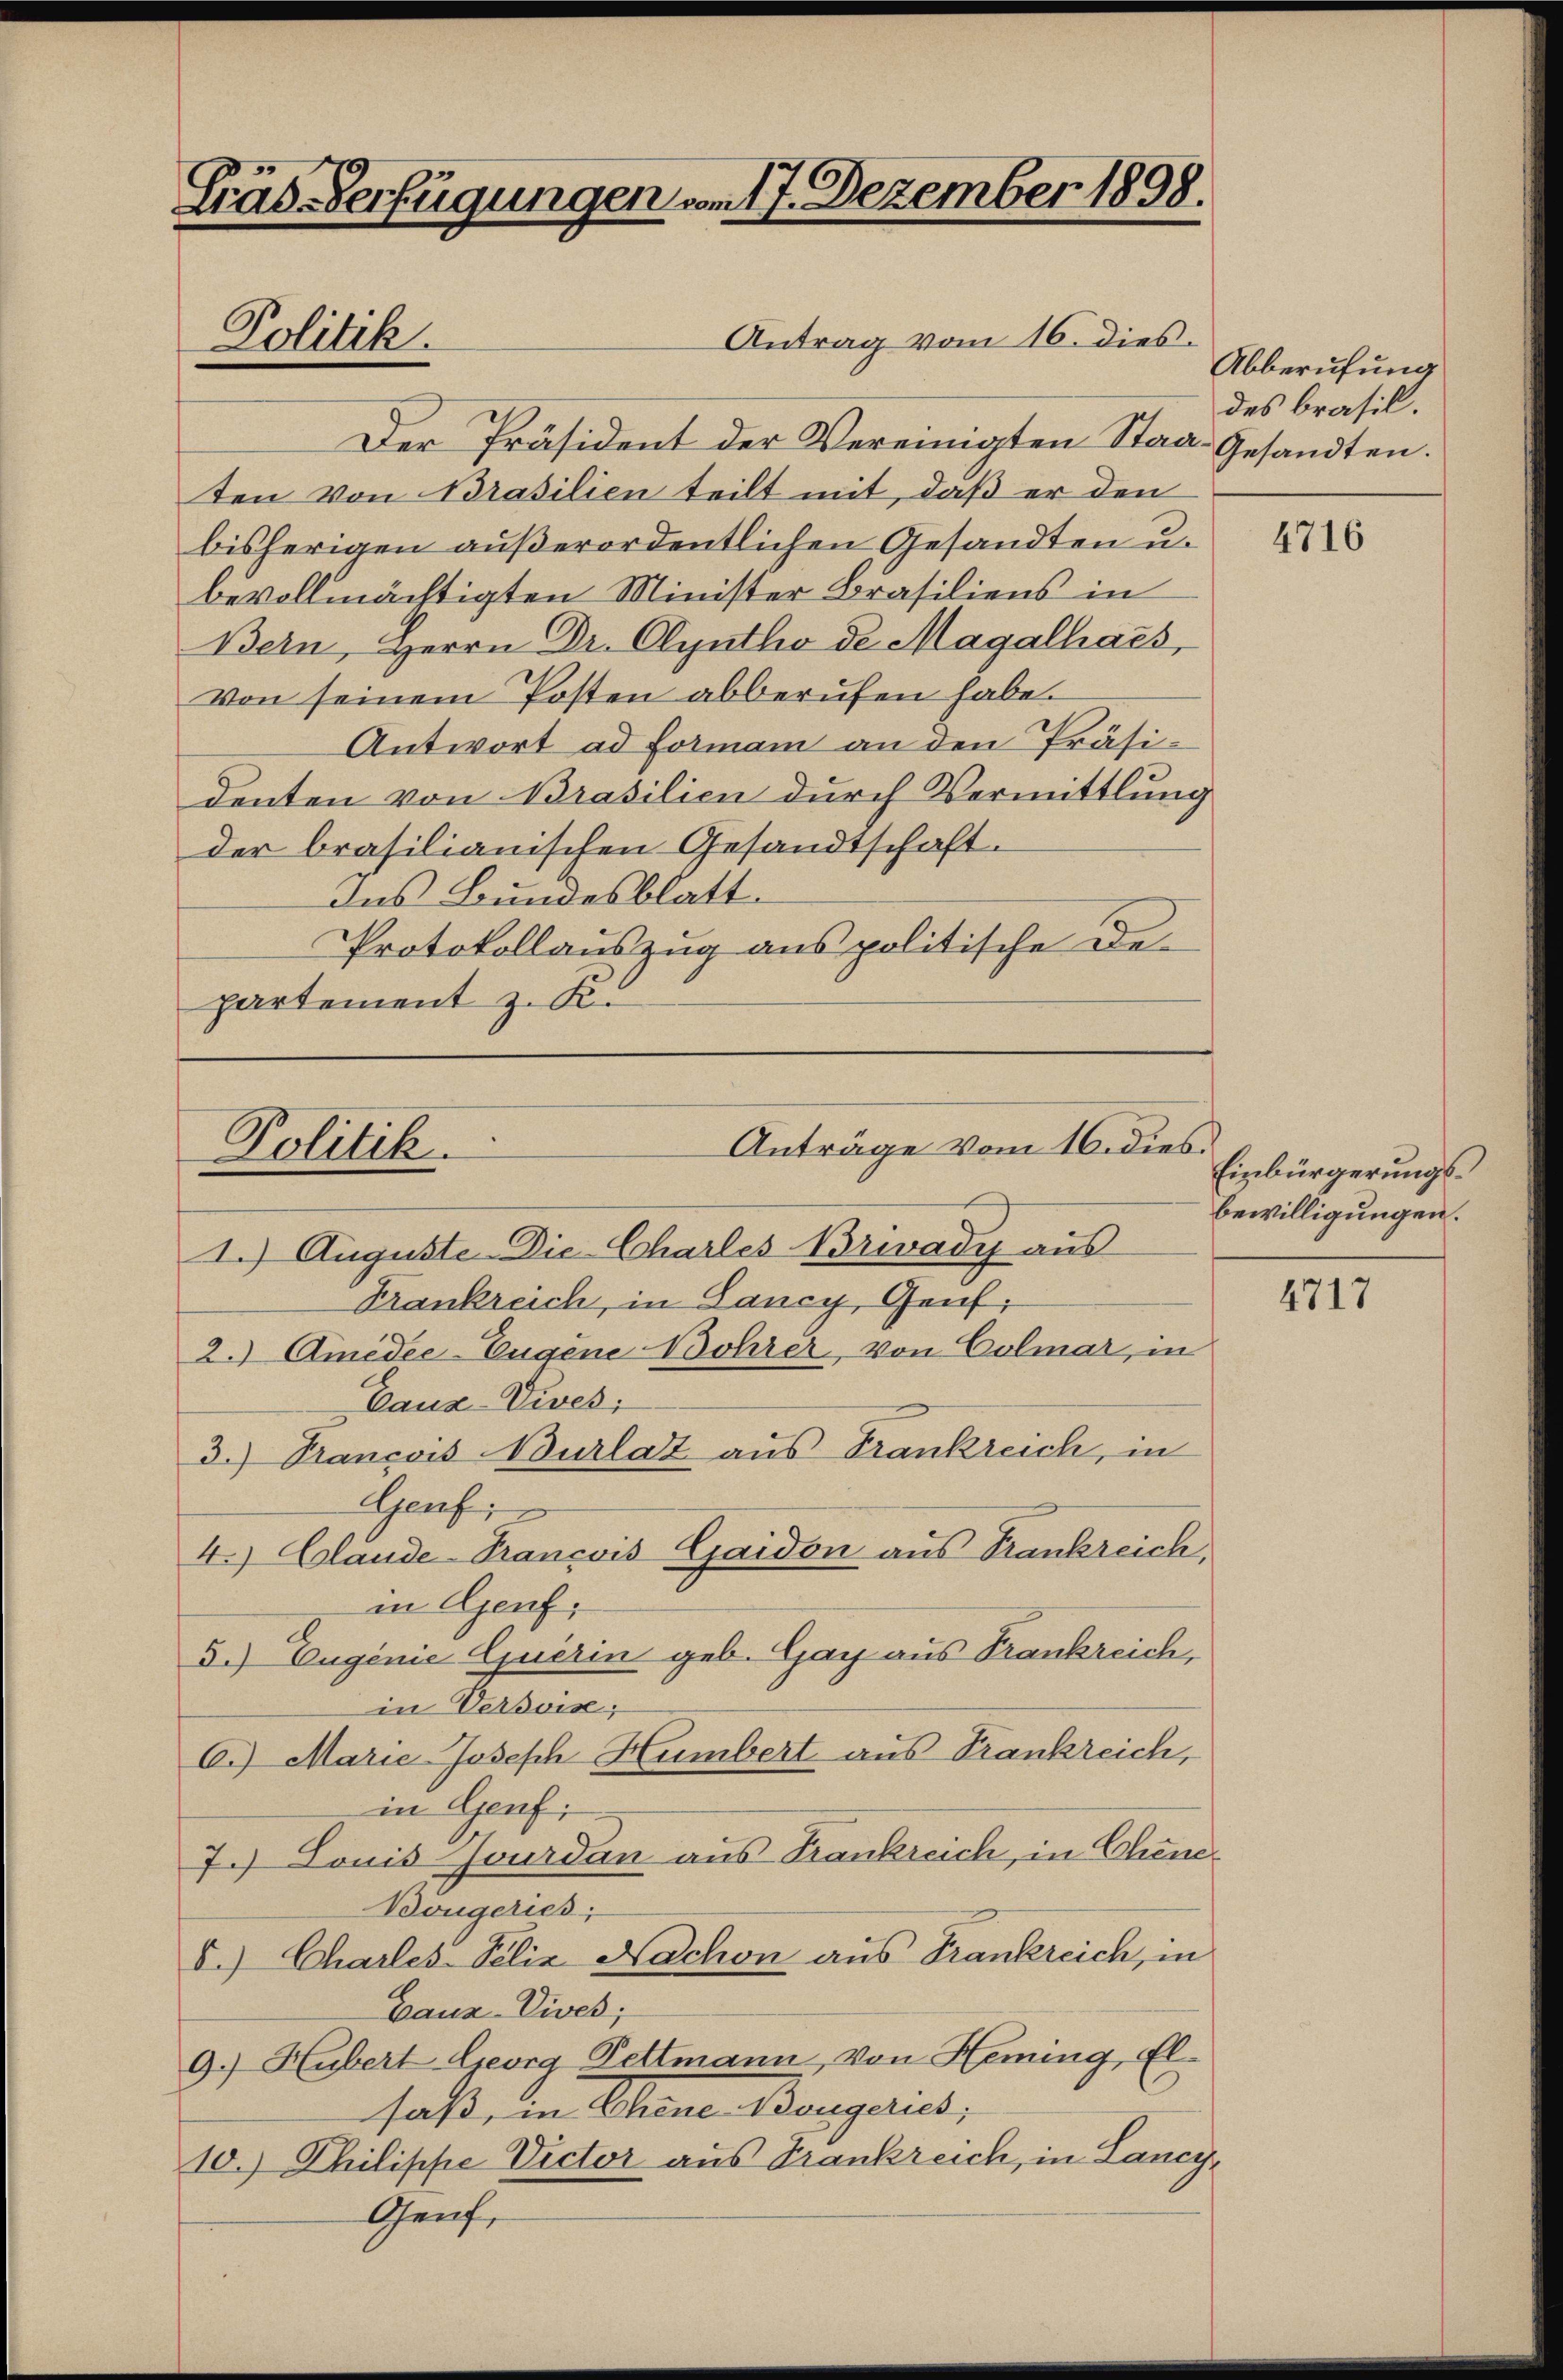
Gräs-Verfügungen vom 17. Dezember 1898.

Antrag vom 16. dies.
Der Präsident der Vereinigten Staat Gesandten.
ten von Brasilien teilt mit, daß er den
bisherigen außerordentlichen Gesandten u.
bevollmächtigten Minister Brasiliens in
Bern, Herrn Dr. Cleutho de Magalhars,
Von seinem Posten abberufen habe.
Antwort ad Forman an den Präsidenten von Brasilien durch Vermittlung
der brasilianischen Gesandtschaft.
Ins Bundesblatt.
Protokollauszug aus politische De-
partement z. K.

Politik.

Anträge vom 16. dies.
Politik.

Abberufung
des brasil.

1.) Auguste Die-Charles Brivady aus
Frankreich, in Lancy, Genf,
2.) Amedee-Eugene Bohrer, von Colmar, in
Cauz-Vives;
3.) Trancois Burlaz aus Frankreich, in
Grafi
4. Claude-Pancois Gaidon aus Frankreich,
in Genf,
d.) Eugenie Querin geb. Gay aus Frankreich,
in Versvis;
6.) Marie Joseph Humbert aus Frankreich,
in Genf.
7.) Sonis Jourdan aus Frankreich, in Chine-
Bougeries;
5.) Charles-Felix Nachon aus Frankreich, in
Gauz-Vives;
9.) Hubert Georg Pettmann, von Heming, El-
saß, in Chene Bougeries;
10.) Philippe Victor aus Frankreich, in Lancy,
Genf,

4716

Einbürgerungsbewilligungen.

4717